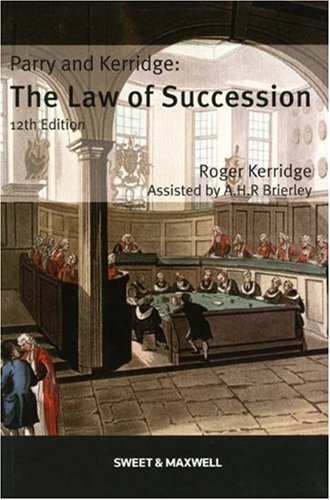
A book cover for Parry and Kerridge: The Law of Succession; R. Kerridge; Law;